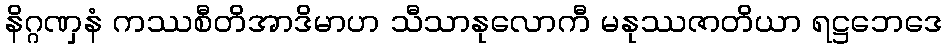
နိဂ္ဂဏှနံ ကဿစီတိအာဒိမာဟ သီသာနုလောကီ မနုဿဇာတိယာ ရဋ္ဌဘေဒေ